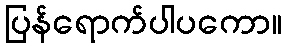
ပြန်ရောက်ပါပကော။